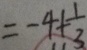
= - 4 + \frac { 1 } { 3 }